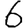
Digit: 6